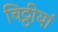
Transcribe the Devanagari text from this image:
चिठ्ठीयां